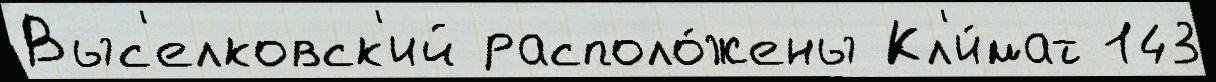
Выс'елковск'ий располо́жены Кл'и́мат 143